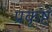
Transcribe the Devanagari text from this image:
प्रकृष्टं